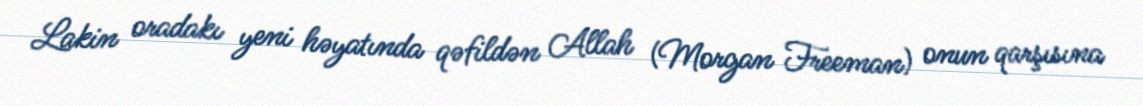
Lakin oradakı yeni həyatında qəfildən Allah (Morgan Freeman) onun qarşısına